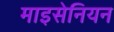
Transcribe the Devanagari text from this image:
माइसेनियन